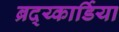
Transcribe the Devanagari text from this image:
ब्रद्य्कार्डिया